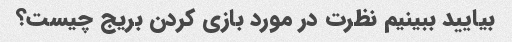
بیایید ببینیم نظرت در مورد بازی کردن بریج چیست؟